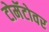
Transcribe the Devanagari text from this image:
टोमॅटोवर